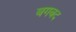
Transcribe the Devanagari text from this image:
बगबद